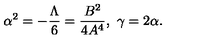
\alpha ^ { 2 } = - \frac { \Lambda } { 6 } = \frac { B ^ { 2 } } { 4 A ^ { 4 } } , \ \gamma = 2 \alpha .